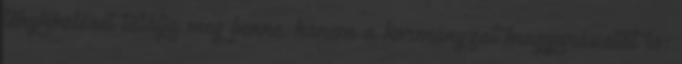
tényközlését találja meg benne, hanem a kormányzat magyarázatát is: